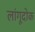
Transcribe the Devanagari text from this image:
लांगूदोक